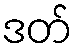
ဒတ်